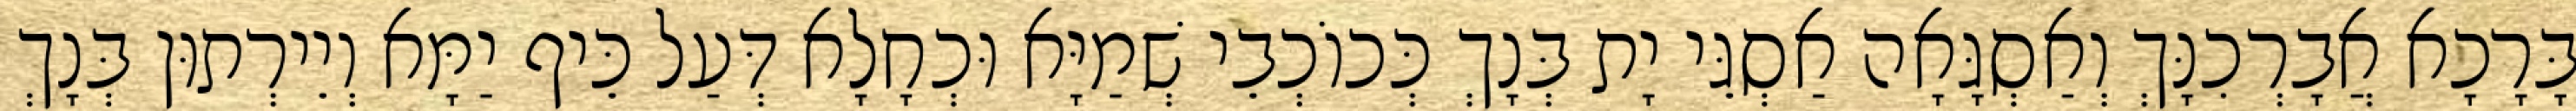
בָּרָכָא אֲבָרְכִנָּךְ וְאַסְגָּאָה אַסְגֵּי יָת בְּנָךְ כְּכוֹכְבֵי שְׁמַיָּא וּכְחָלָא דְּעַל כֵּיף יַמָּא וְיֵירְתוּן בְּנָךְ